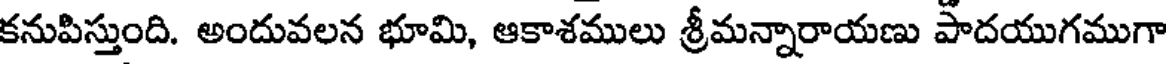
కనుపిస్తుంది. అందువలన భూమి, ఆకాశములు శ్రీమన్నారాయణు పాదయుగముగా